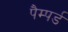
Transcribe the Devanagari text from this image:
पैम्पर्ड